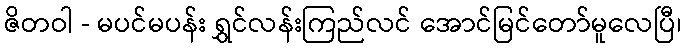
ဇိတဝါ - မပင်မပန်း ရွှင်လန်းကြည်လင် အောင်မြင်တော်မူလေပြီ၊